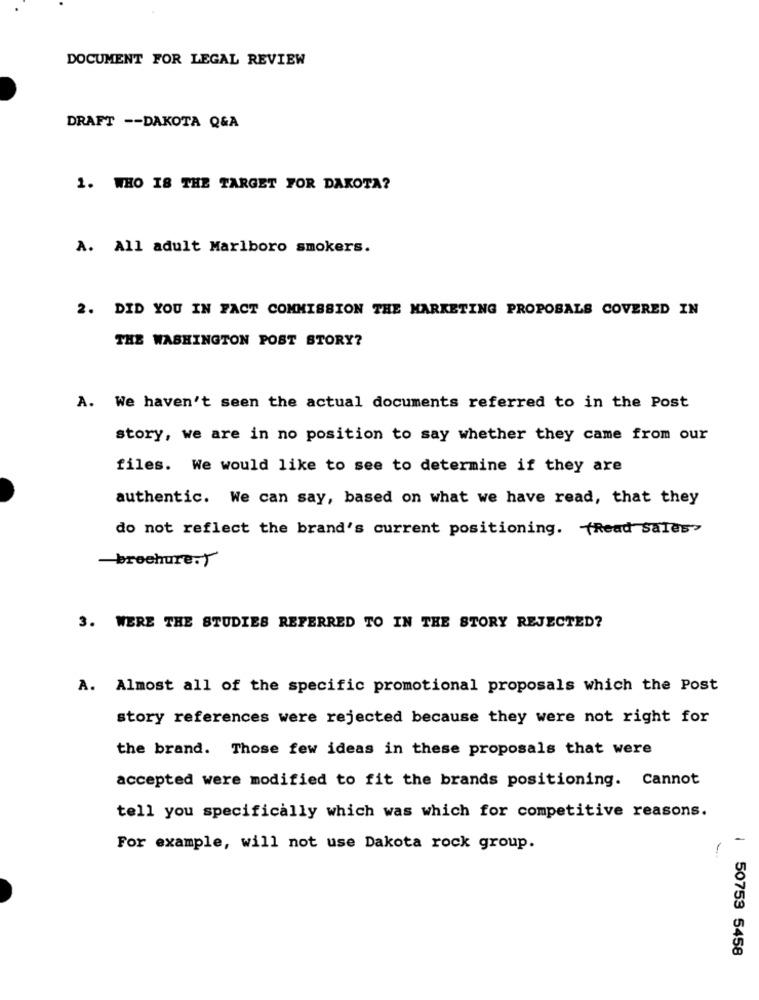
DOCUMENT FOR LEGAL REVIEW
DRAFT -- DAKOTA Q&A
1. WHO IS THE TARGET FOR DAKOTA?
A. All adult Marlboro smokers.
2. DID YOU IN FACT COMMISSION THE MARKETING PROPOSALS COVERED IN
THE WASHINGTON POST STORY?
A. We haven't seen the actual documents referred to in the Post
story, we are in no position to say whether they came from our
files. We would like to see to determine if they are
authentic. We can say, based on what we have read, that they
do not reflect the brand's current positioning. (Read sales>
brochure.
3. WERE THE STUDIES REFERRED TO IN THE STORY REJECTED?
A. Almost all of the specific promotional proposals which the Post
story references were rejected because they were not right for
the brand. Those few ideas in these proposals that were
accepted were modified to fit the brands positioning. Cannot
tell you specifically which was which for competitive reasons.
For example, will not use Dakota rock group.
| 50753 5458